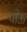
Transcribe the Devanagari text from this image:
पीऊ